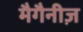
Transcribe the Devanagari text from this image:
मैगैनीज़